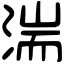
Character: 湍